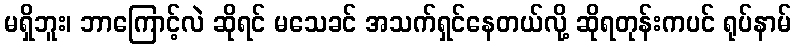
မရှိဘူး၊ ဘာကြောင့်လဲ ဆိုရင် မသေခင် အသက်ရှင်နေတယ်လို့ ဆိုရတုန်းကပင် ရုပ်နာမ်